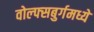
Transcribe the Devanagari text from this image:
वोल्फ्सबुर्गमध्ये